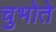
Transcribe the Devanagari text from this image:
चुभोते